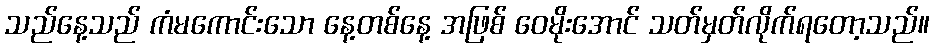
သည်နေ့သည် ကံမကောင်းသော နေ့တစ်နေ့ အဖြစ် ဝေမိုးအောင် သတ်မှတ်လိုက်ရတော့သည်။